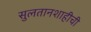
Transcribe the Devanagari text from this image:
सुलतानशाहीची